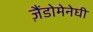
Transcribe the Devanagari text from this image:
ज़ैंडोमेनेघी